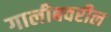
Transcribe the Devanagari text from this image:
गालीबवरील